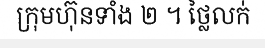
ក្រុមហ៊ុនទាំង ២ ។ ថ្លៃលក់